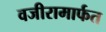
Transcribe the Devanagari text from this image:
वजीरामार्फत